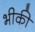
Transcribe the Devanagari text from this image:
भीकी